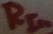
Text: RIn